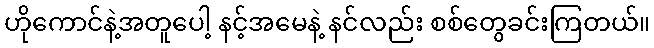
ဟိုကောင်နဲ့အတူပေါ့ နင့်အမေနဲ့ နင်လည်း စစ်တွေခင်းကြတယ်။